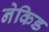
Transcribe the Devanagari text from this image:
नेकिड